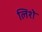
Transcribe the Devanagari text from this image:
लिशे